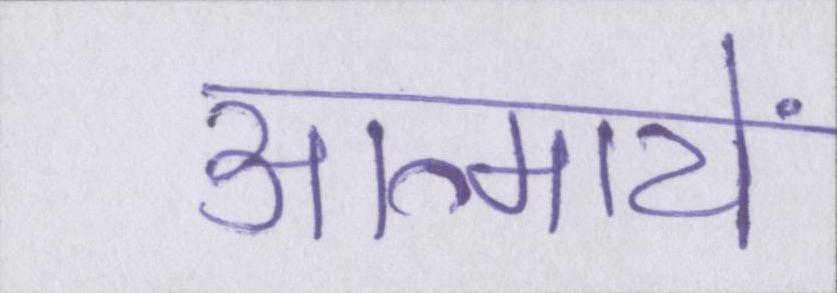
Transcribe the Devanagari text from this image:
आत्मायें